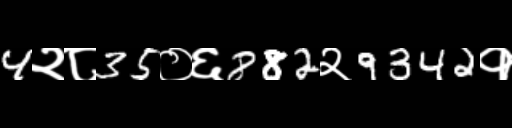
Text: 4२८35०६882२9342१